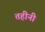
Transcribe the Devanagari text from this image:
तहीनी